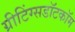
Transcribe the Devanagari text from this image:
ग्रीटिंग्सडॉटकॉम